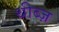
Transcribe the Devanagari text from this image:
थीब्ज़